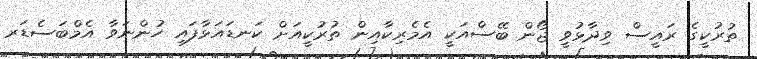
ތުރުކީގެ ރައީސް ވިދާޅުވީ ޖޯން ބޭސްއަކީ އެމެރިކާއިން ތުރުކީއަށް ކަނޑައަޅާފައި ހުންނަވާ އެމްބަސެޑަރ